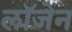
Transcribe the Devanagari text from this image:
लॉजेन